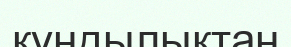
құндылықтан